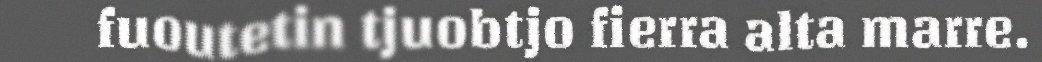
fuoutetin tjuobtjo fierra alta marre.